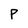
Character: P